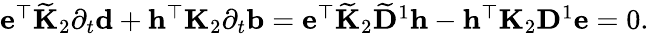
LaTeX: \begin{array}{r}{\mathbf{e}^{\top}\widetilde{\mathbf{K}}_{2}\partial_{t}\mathbf{d}+\mathbf{h}^{\top}\mathbf{K}_{2}\partial_{t}\mathbf{b}=\mathbf{e}^{\top}\widetilde{\mathbf{K}}_{2}\widetilde{\mathbf{D}}^{1}\mathbf{h}-\mathbf{h}^{\top}\mathbf{K}_{2}\mathbf{D}^{1}\mathbf{e}=0.}\end{array}